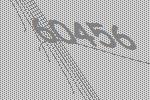
60456